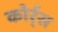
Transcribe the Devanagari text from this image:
कोर्र्स